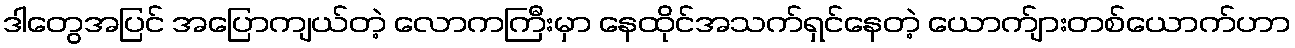
ဒါတွေအပြင် အပြောကျယ်တဲ့ လောကကြီးမှာ နေထိုင်အသက်ရှင်နေတဲ့ ယောက်ျားတစ်ယောက်ဟာ